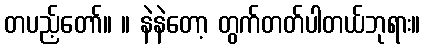
တပည့်တော်။ ။ နဲနဲတော့ တွက်တတ်ပါတယ်ဘုရား။